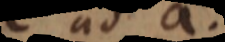
ad a.